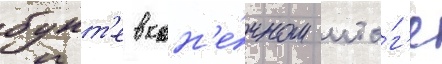
бунт'е в кон'е́чном ито́г'е